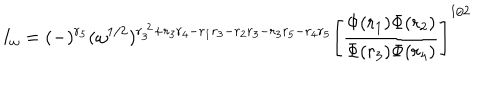
I _ { \omega } = ( - ) ^ { r _ { 5 } } ( \omega ^ { 1 / 2 } ) ^ { r _ { 3 } ^ { ~ 2 } + r _ { 3 } r _ { 4 } - r _ { 1 } r _ { 3 } - r _ { 2 } r _ { 3 } - r _ { 3 } r _ { 5 } - r _ { 4 } r _ { 5 } } \Bigg [ \frac { \Phi ( r _ { 1 } ) \Phi ( r _ { 2 } ) } { \Phi ( r _ { 3 } ) \Phi ( r _ { 4 } ) } \Bigg ] ^ { 1 / 2 }